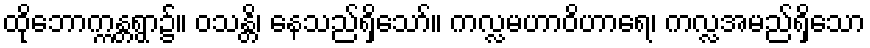
ထိုဘောက္ကန္တရွာ၌။ ဝသန္တိ၊ နေသည်ရှိသော်။ ကလ္လမဟာဝိဟာရေ၊ ကလ္လအမည်ရှိသော